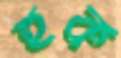
হুক